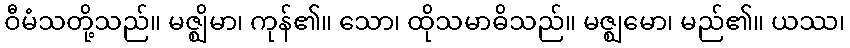
ဝီမံသတို့သည်။ မဇ္ဈိမာ၊ ကုန်၏။ သော၊ ထိုသမာဓိသည်။ မဇ္ဈမော၊ မည်၏။ ယဿ၊